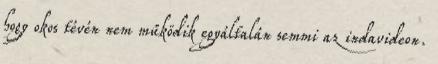
hogy okos tévén nem működik egyáltalán semmi az indavideon.